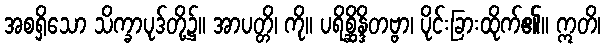
အစရှိသော သိက္ခာပုဒ်တို့၌။ အာပတ္တိ၊ ကို။ ပရိစ္ဆိန္ဒိတဗ္ဗာ၊ ပိုင်းခြားထိုက်၏။ ဣတိ၊